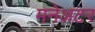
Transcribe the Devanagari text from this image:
मनेअटर